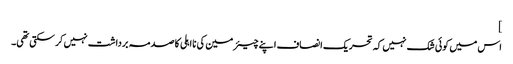
]
اس میں کوئی شک نہیں کہ تحریک انصاف اپنے چیئرمین کی نااہلی کا صدمہ برداشت نہیں کر سکتی تھی۔